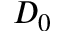
D _ { 0 }